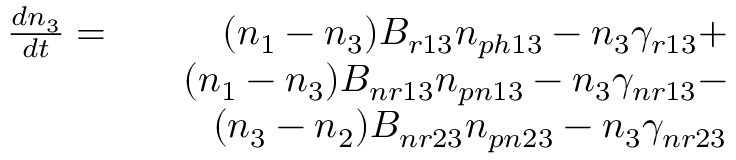
\begin{array} { r l r } { \frac { d n _ { 3 } } { d t } = } & { } & { ( n _ { 1 } - n _ { 3 } ) B _ { r 1 3 } n _ { p h 1 3 } - n _ { 3 } \gamma _ { r 1 3 } + } \\ & { } & { ( n _ { 1 } - n _ { 3 } ) B _ { n r 1 3 } n _ { p n 1 3 } - n _ { 3 } \gamma _ { n r 1 3 } - } \\ & { } & { ( n _ { 3 } - n _ { 2 } ) B _ { n r 2 3 } n _ { p n 2 3 } - n _ { 3 } \gamma _ { n r 2 3 } } \end{array}